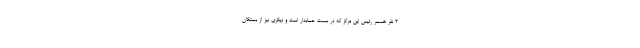
2 نفر همسر رئیس این مرکز که در سمت حسابدار است و دیگری نیز از بستگان